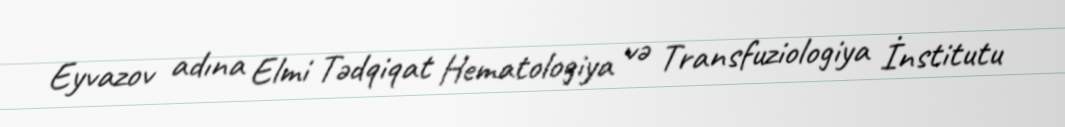
Eyvazov adına Elmi Tədqiqat Hematologiya və Transfuziologiya İnstitutu